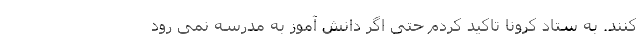
کنند. به ستاد کرونا تاکید کردم حتی اگر دانش آموز به مدرسه نمی رود